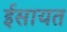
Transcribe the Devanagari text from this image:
ईसायत